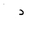
Letter: _dal